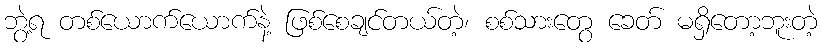
ဘွဲ့ရ တစ်ယောက်ယောက်နဲ့ ဖြစ်စေချင်တယ်တဲ့၊ စစ်သားတွေ ခေတ် မရှိတော့ဘူးတဲ့